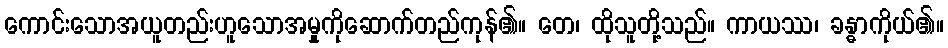
ကောင်းသောအယူတည်းဟူသောအမှုကိုဆောက်တည်ကုန်၏။ တေ၊ ထိုသူတို့သည်။ ကာယဿ၊ ခန္ဓာကိုယ်၏။